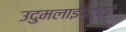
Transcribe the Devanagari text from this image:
उदुमलाईपेट्टई